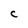
Character: C